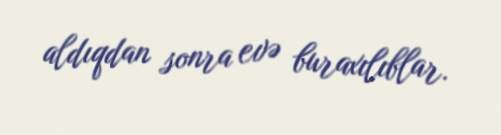
aldıqdan sonra evə buraxılıblar.